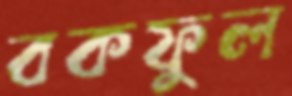
বকফুল